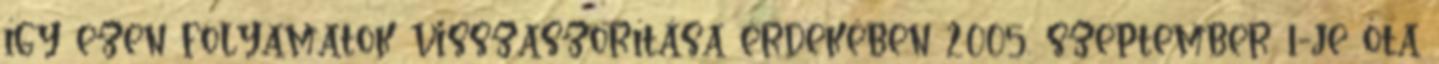
így ezen folyamatok visszaszorítása érdekében 2005. szeptember 1-je óta